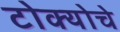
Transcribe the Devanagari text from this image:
टोक्योचे